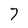
Character: 7